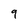
Character: 9